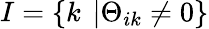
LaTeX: I=\left\{ k\ \left|\Theta_{ik}\neq 0\right.\right\}